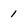
Character: 1